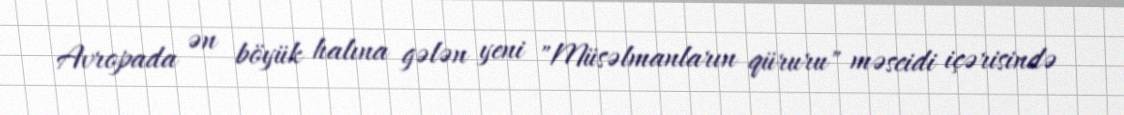
Avropada ən böyük halına gələn yeni "Müsəlmanların qüruru" məscidi içərisində